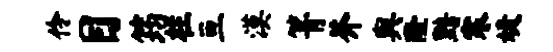
伶目筠柱亘漠箐芥舆隆黯寒婕